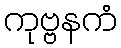
ကုဗ္ဗနကံ